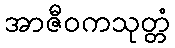
အာဇီဝကသုတ္တံ